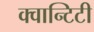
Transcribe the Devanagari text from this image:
क्वान्टिटी